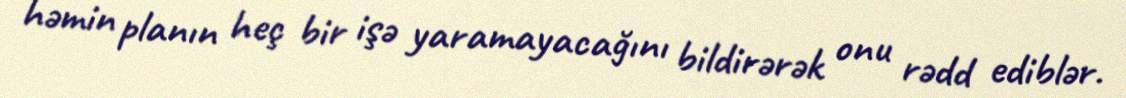
həmin planın heç bir işə yaramayacağını bildirərək onu rədd ediblər.